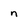
Character: n